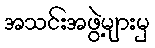
အသင်းအဖွဲ့များမှ